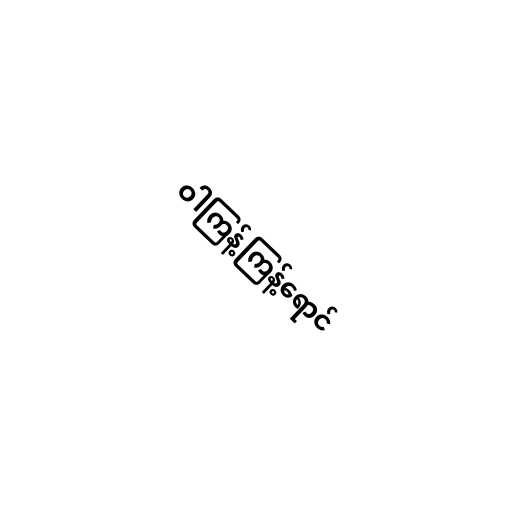
ဝါကြန့်ကြန့်ရောင်